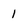
Character: 1